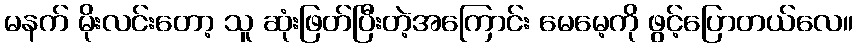
မနက် မိုးလင်းတော့ သူ ဆုံးဖြတ်ပြီးတဲ့အကြောင်း မေမေ့ကို ဖွင့်ပြောတယ်လေ။